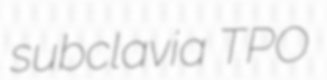
subclavia TPO